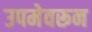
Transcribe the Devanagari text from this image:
उपमेवरून